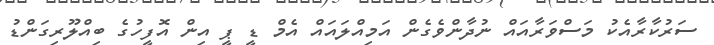
ސަރުކާރާއެކު މަސްވަރާއައް ނުދާންވެގެން އަމިއްލައައް އެމް ޑީ ޕީ އިން އޮފީހުގެ ބިއްލޫރިގަންޑު